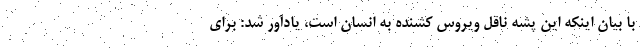
با بیان اینکه این پشه ناقل ویروس کشنده به انسان است، یادآور شد: برای